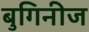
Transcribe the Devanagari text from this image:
बुगिनीज